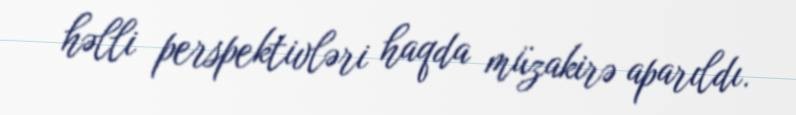
həlli perspektivləri haqda müzakirə aparıldı.